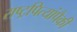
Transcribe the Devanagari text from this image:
राष्ट्रपित्यांपैकी